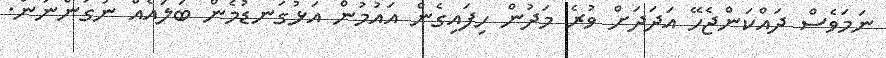
ނަމަވެސް ދައްކަންޖެހޭ އަދަދަށް ވުރެ މަދުން ހިފައިގެން އައުމުން އަޅުގަނޑުމެން ބަލައެއް ނުގަންނަން.